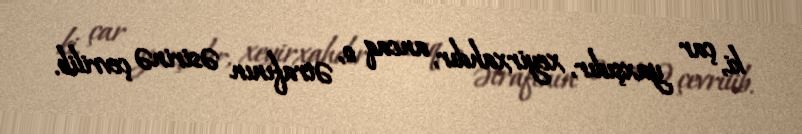
ki, çar yaxşıdır, xeyirxahdır, ancaq o, ətrafının əsirinə çevrilib.